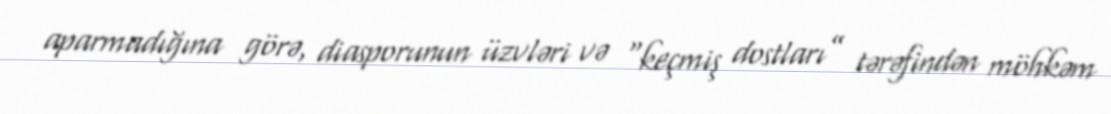
aparmadığına görə, diasporunun üzvləri və “keçmiş dostları” tərəfindən möhkəm